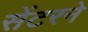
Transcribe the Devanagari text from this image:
सेंटरने